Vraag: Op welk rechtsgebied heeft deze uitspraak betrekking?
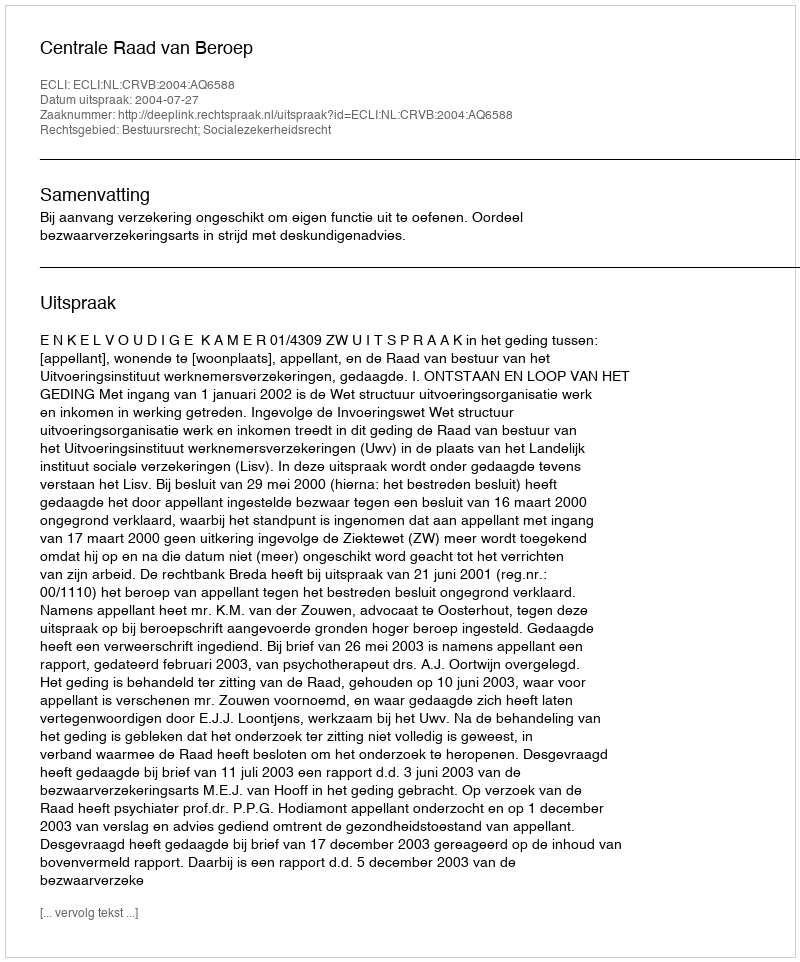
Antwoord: Bestuursrecht; Socialezekerheidsrecht